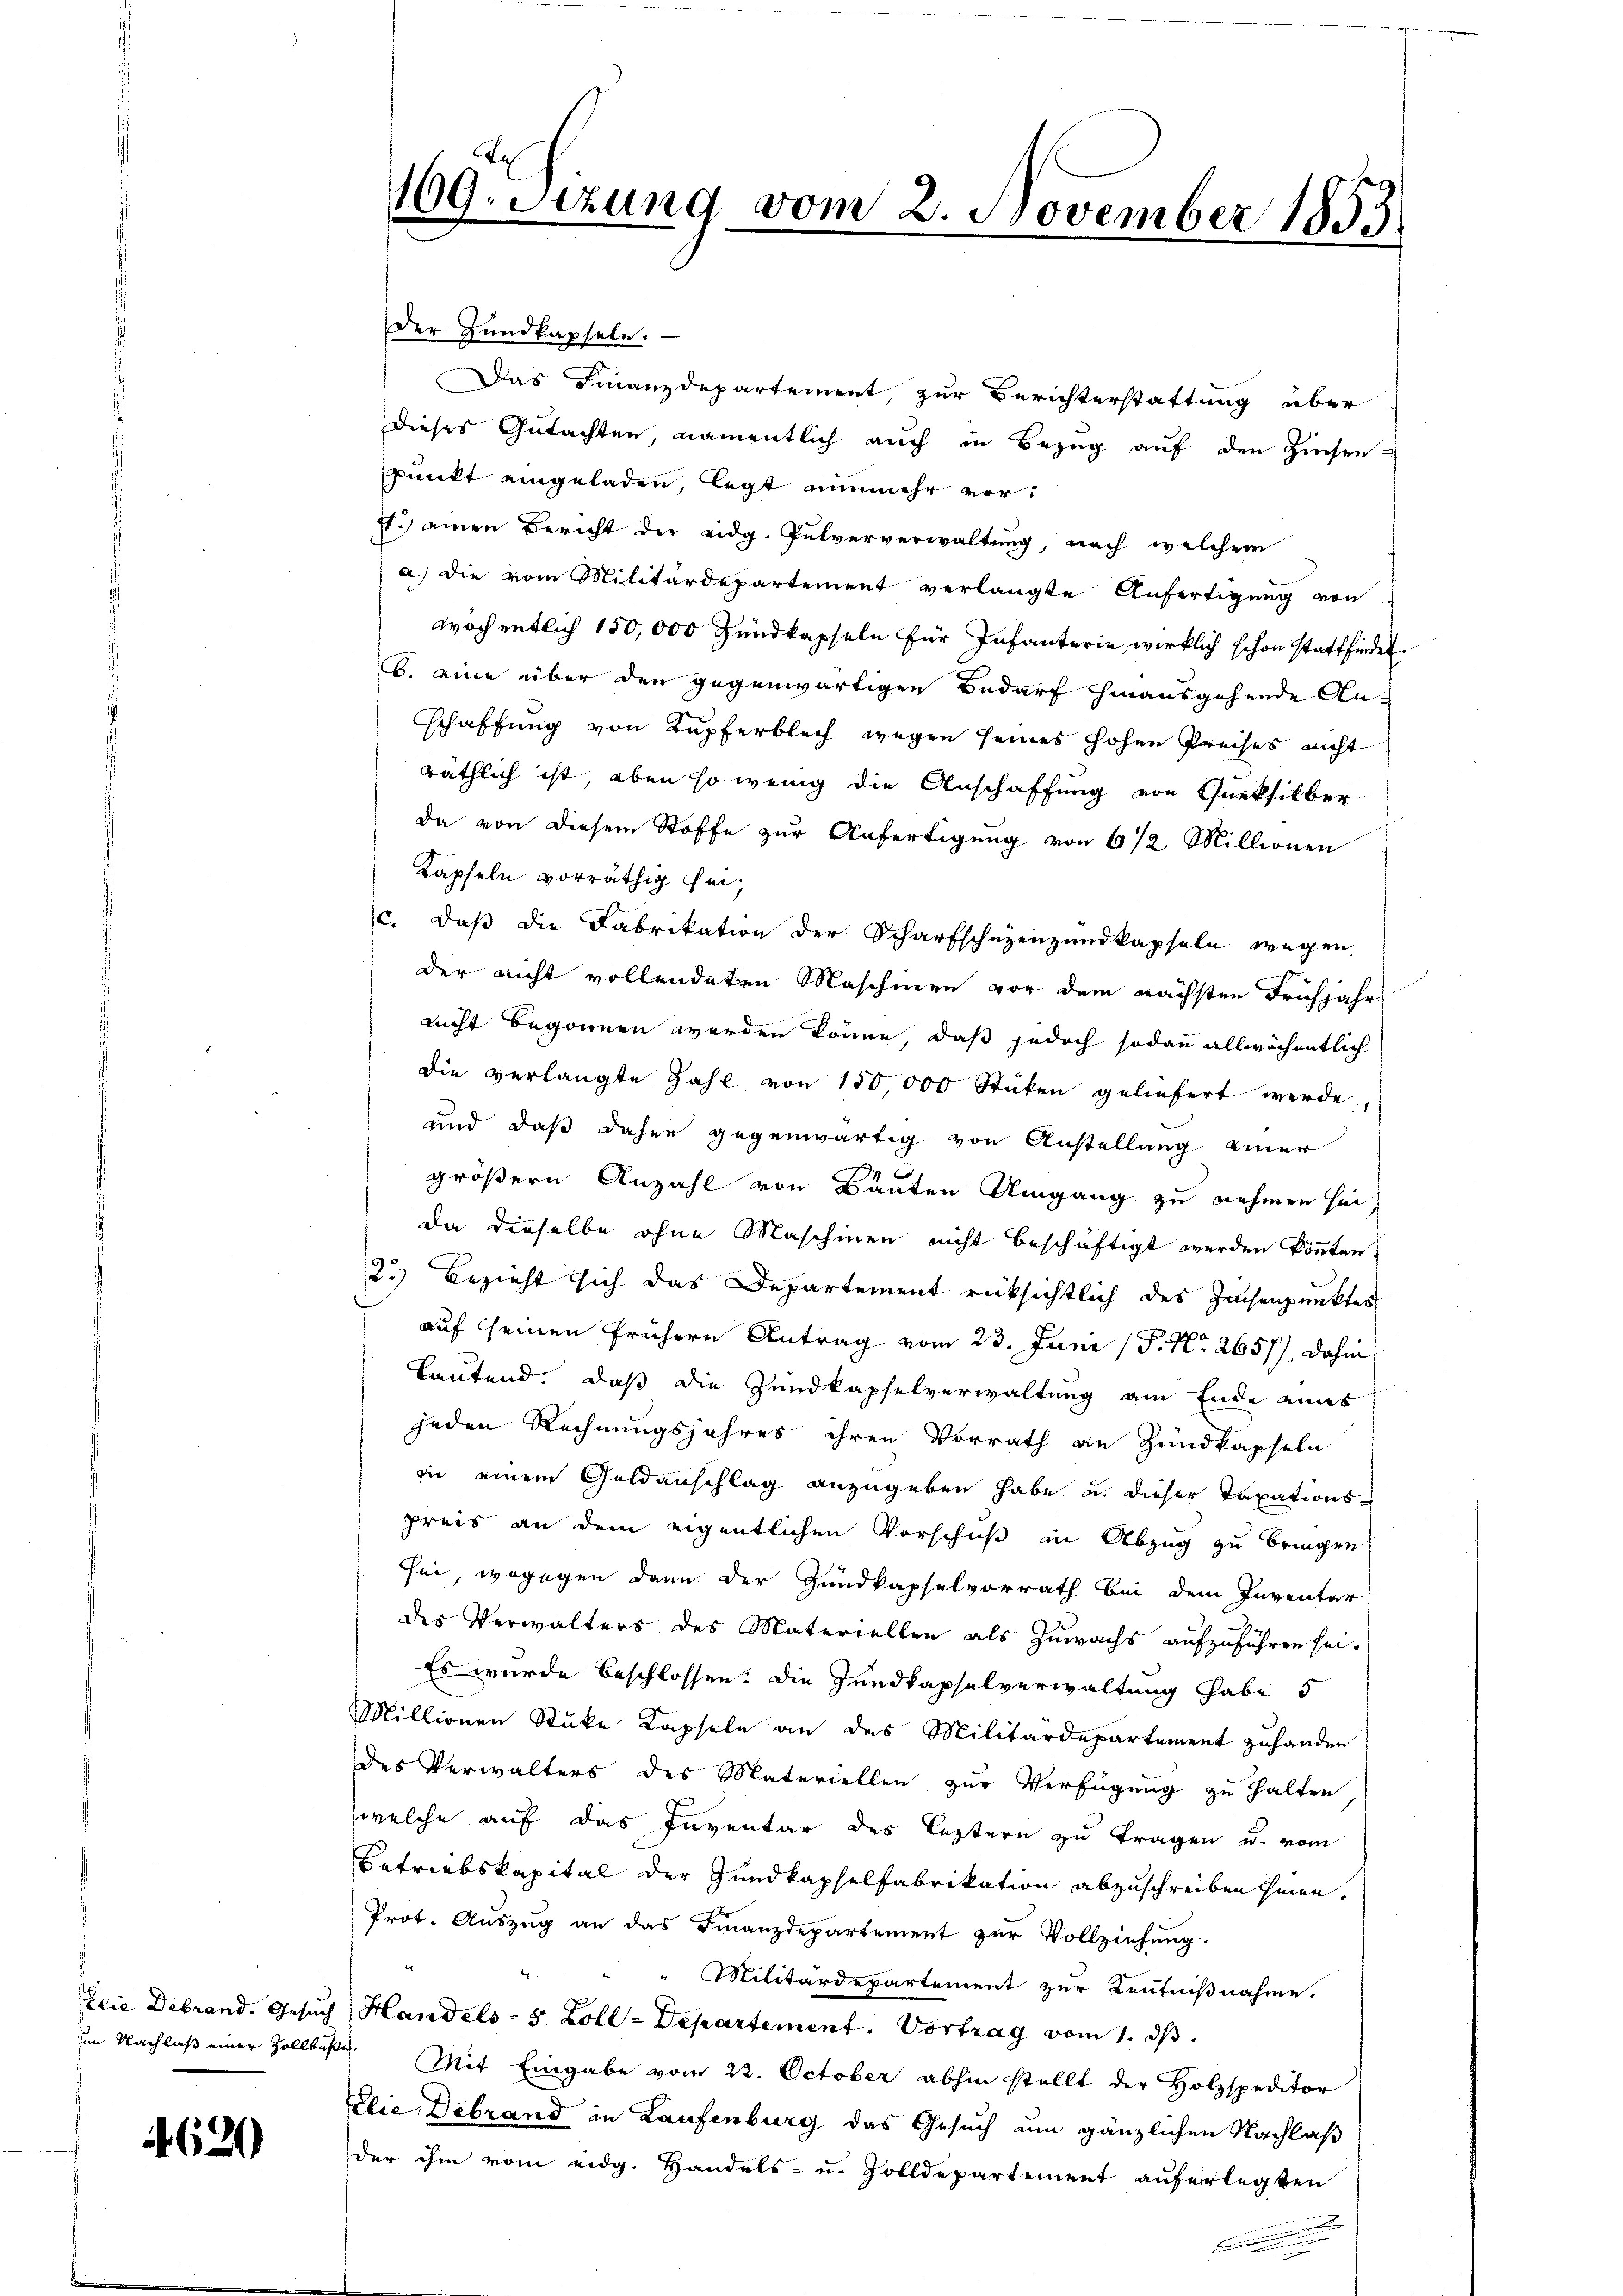
Elie Debrand. Gesuch
im Nachlaß einer Zollbuß

4620

109. Setzung vom 2. November 1853.

Der Hundkapseln.
Das Finanzdepartement zur Berichterstattung aber
dieses Gutachten, namentlich auch in Bezug auf den Zinsen
Punkt eingeladen, legt nunmehr vors.) einen Bericht der eidg. Pulververwaltung, nach welchem
a) die vom Militärdepartement verlangte Anfertigung von
woch entlich 150,000 Zundkapseln für Infanterie wirklich schon stattfindet.
b. eine über den gegenwärtigen Bedarf hinausgehende An-
schaffung von Kupferblich wegen seines hohen Preises nicht
räthlich ist, eben so wenig die Anschaffung von Queksilber
da von diesem Stoffe zur Anfertigung von 6 1/2 Millionen
Kapfeln vorräthig sei,
c. daß die Fabrikation der Scharfschuzenzundkapseln wegen
der nicht vollendeten Maschinen vor dem nächsten Frühjahr
nicht begonnen werden könne, daß jedoch sodann allwöchentlich
die verlangte Zahl von 150,000 Stücken geliefert werde,
und daß daher gegenwärtig von Anstellung einer
n
größern Anzahl von Bauten Umgang zu nehmen sei
da dieselbe ohne Maschinen nicht beschäftigt werden könnten,
2.) Bezieht sich das Departement rücksichtlich des Zachenpunktes
auf seinen frühern Antrag vom 23. Juni 18. No. 2657), dahin
Lautend, daß die Zundkapselverwaltung am Ende eines
jeden Rechnungsjahres ihren Vorrath an Zundkapseln
in einem Geldanschlag anzugeben habe u. dieser Taxationspreis an dem eigentlichen Vorschuß in Abzug zu bringen
sei, wogegen dann der Hundkapselvorrath bei dem Inventar
des Verwalters des Materiellen als Zuwachs aufzuführen sei-
Es wurde beschlossen: Die Hundkapselverwaltung habe 5
Millionen Stüke Kapseln an des Militärdepartement zuhanden
des Verwalters des Materiellen zur Verfügung zu halten
welche auf das Inventar des Leztern zu tragen u. vom
Betriebskapital der Gundkapselfabrikation abzuschreiben hinen.
Prot. Aŭszŭg an das Finanzdepartement zŭr Vollziehŭng.
4
" " Militärdepartement zur Bentnißnahme.
Handels- 5 Zoll-Departement. Vortrag vom 1. ds.
 Mit Eingabe vom 22. October abhin stellt der Holzspeditor
Elie Debrand in Laufenburg das Gesuch um gänzlichen Nachlaß
der ihm vom eidg. Handels- u. Zolldepartement auferlegten